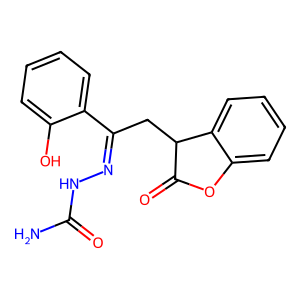
SMILES: NC(=O)NN=C(CC1C(=O)Oc2ccccc21)c1ccccc1O
Inhibits HIV replication: No